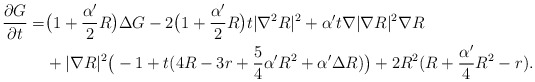
\begin{align*}\frac{\partial G}{\partial t}=&\big(1+\frac{\alpha'}{2}R\big)\Delta G-2\big(1+\frac{\alpha'}{2}R\big)t|\nabla^2R|^2+\alpha't\nabla|\nabla R|^2\nabla R \\&+|\nabla R|^2\big(-1+t(4R-3r+\frac{5}{4}\alpha'R^2+\alpha'\Delta R)\big)+2R^2(R+\frac{\alpha'}{4}R^2-r). \end{align*}